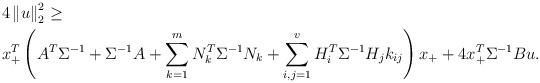
LaTeX: \begin{align*}&4 \left\|u\right\|_{2}^2\geq \\& x_+^T\left(A^T \Sigma^{-1}+\Sigma^{-1} A+\sum_{k=1}^m N_k^T\Sigma^{-1} N_{k}+\sum_{i, j=1}^v H^T_{i}\Sigma^{-1} H_{j}k_{ij}\right)x_++4x_+^T\Sigma^{-1} Bu.\end{align*}